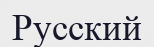
Русский